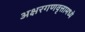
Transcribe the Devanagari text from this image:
अक्षरगणवृत्तामध्ये